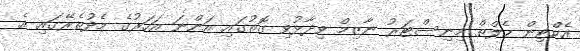
އެކްޓިން ހެލްތް މިނިސްޓަރު ނާޒިމް ވިދާޅުވި ގޮތުގައި އަންނަ އަހަރުގެ މެދުތެރޭގައި އެ